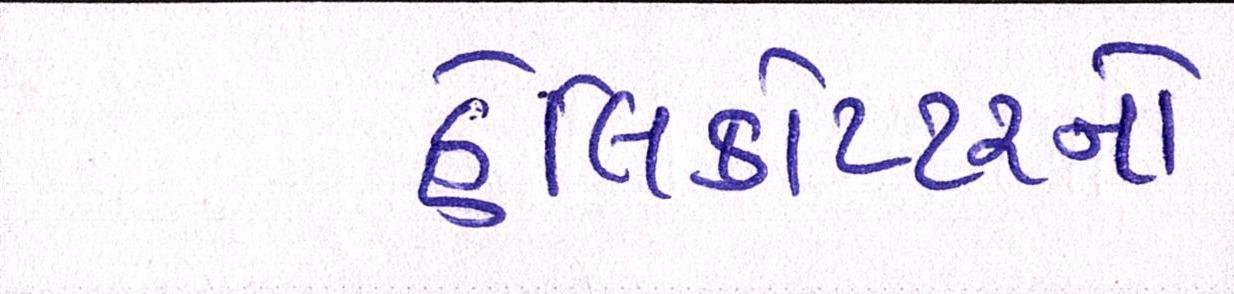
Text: હેલિકોપ્ટરનો